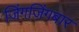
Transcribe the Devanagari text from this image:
जिंगजिंगबार